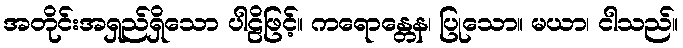
အတိုင်းအရှည်ရှိသော ပါဠိဖြင့်။ ကရောန္တေန၊ ပြုသော။ မယာ၊ ငါသည်။